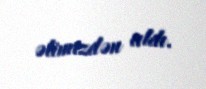
əlimizdən aldı.